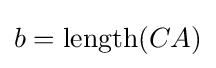
b=\operatorname {length} (CA)